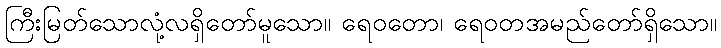
ကြီးမြတ်သောလုံ့လရှိတော်မူသော။ ရေဝတော၊ ရေဝတအမည်တော်ရှိသော။